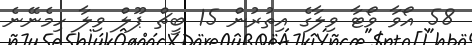
58 އޯވާ ވޯޓާ ވިލާގެ އިތުރުން 15 ބީޗް ޕޫލް ވިލާ ހިމެނޭނެ